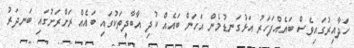
ހަދާއިރުގައިވެސް ބައެއްފަހަރު އަޅުގަނޑުމެން އަހަން ބައެއް ކުދި އާބާދީތަކުގައި ބައެއް ރަށްރަށުގައި ބަނދަރު